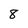
Character: 8